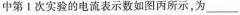
中第Ⅰ次实验的电流表示数如图丙所示，为___